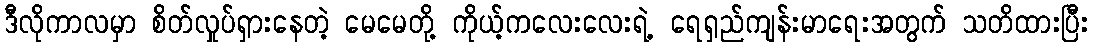
ဒီလိုကာလမှာ စိတ်လှုပ်ရှားနေတဲ့ မေမေတို့ ကိုယ့်ကလေးလေးရဲ့ ရေရှည်ကျန်းမာရေးအတွက် သတိထားပြီး